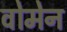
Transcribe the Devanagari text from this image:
वोमेन